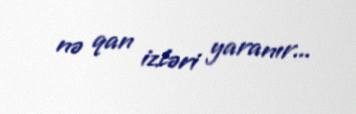
nə qan izləri yaranır...